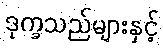
ဒုက္ခသည်များနှင့်